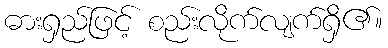
ဓားရှည်ဖြင့် စည်းလိုက်လျက်ရှိ၏။